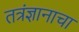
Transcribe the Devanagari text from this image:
तत्रंज्ञानाचा